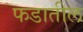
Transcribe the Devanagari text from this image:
फडातील